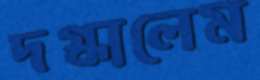
দগ্ধালেম